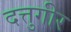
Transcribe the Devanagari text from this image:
दत्तुगीर